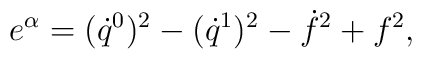
e^\alpha=(\dot{q}^0)^2-(\dot{q}^1)^2-\dot{f}^2+f^2,